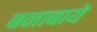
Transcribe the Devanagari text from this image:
बनाबाये